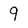
Character: 9